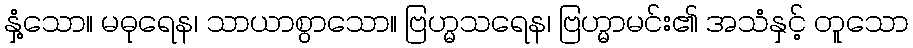
နှံ့သော။ မဓုရေန၊ သာယာစွာသော။ ဗြဟ္မသရေန၊ ဗြဟ္မာမင်း၏ အသံနှင့် တူသော